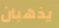
يذهبان